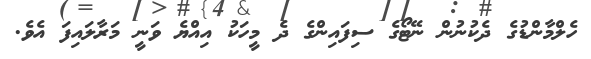
ހެލްމާންޑުގެ ދެކުނުން ނޭޓޯގެ ސިފައިންގެ ދެ މީހަކު އިއްޔެ ވަނީ މަރާލައިފަ އެވެ.